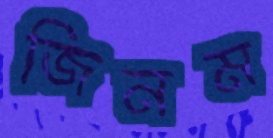
জিনম